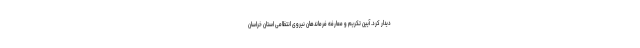
دیدار کرد. آیین تکریم و معارفه فرماندهان نیروی انتظامی استان خراسان